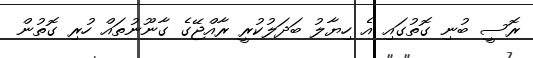
ރޮސީ ބުނި ގޮތުގައި އެ ހިޔާލު ބަދަލުކުރީ ރާއްޖޭގެ ގާނޫނުތައް ހުރި ގޮތުން